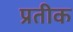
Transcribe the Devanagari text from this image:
प्रतीक